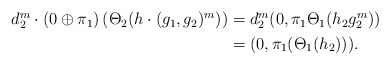
\begin{align*}\begin{aligned}d_2^m \cdot (0 \oplus \pi_1)\left(\Theta_2(h \cdot (g_1,g_2)^m)\right) & = d_2^m (0, \pi_1 \Theta_1(h_2g_2^m))\\& = (0,\pi_1(\Theta_1(h_2))).\end{aligned}\end{align*}